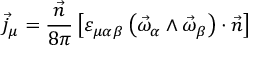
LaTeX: \vec { j } _ { \mu } = \frac { \vec { n } } { 8 \pi } \left[ \varepsilon _ { \mu \alpha \beta } \left( \vec { \omega } _ { \alpha } \wedge \vec { \omega } _ { \beta } \right) \cdot \vec { n } \right]